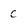
Character: c